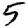
Digit: 5